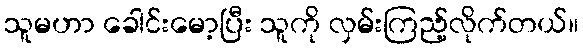
သူမဟာ ခေါင်းမော့ပြီး သူကို လှမ်းကြည့်လိုက်တယ်။